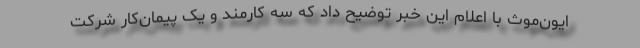
ایون‌موث با اعلام این خبر توضیح داد که سه کارمند و یک پیمان‌کار شرکت